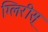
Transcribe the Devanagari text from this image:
ग्लिरीस्